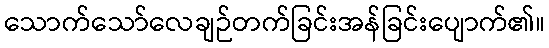
သောက်သော်လေချဉ်တက်ခြင်းအန်ခြင်းပျောက်၏။